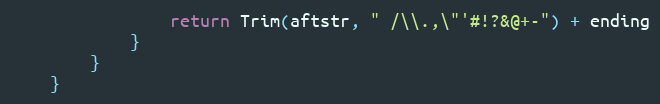
Language: Go
				return Trim(aftstr, " /\\.,\"'#!?&@+-") + ending
			}
		}
	}